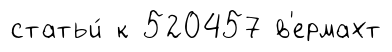
статьи́ к 520457 в'ермахт